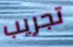
تجريب